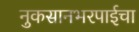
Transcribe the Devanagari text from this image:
नुकसानभरपाईचा